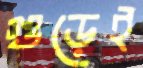
গুড়েই